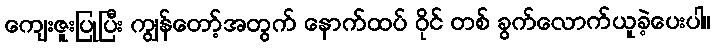
ကျေးဇူးပြုပြီး ကျွန်တော့်အတွက် နောက်ထပ် ဝိုင် တစ် ခွက်လောက်ယူခဲ့ပေးပါ။